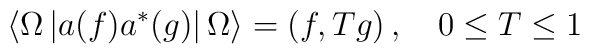
\left\langle \Omega \left| a(f)a^{*}(g)\right| \Omega \right\rangle =\left(f,Tg\right) ,\quad 0\leq T\leq 1